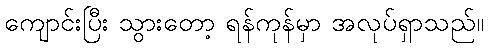
ကျောင်းပြီး သွားတော့ ရန်ကုန်မှာ အလုပ်ရှာသည်။